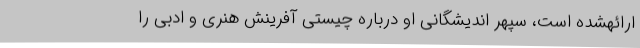
ارائهشده است، سپهر اندیشگانی او درباره‌ چیستی آفرینش هنری و ادبی را